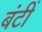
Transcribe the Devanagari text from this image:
बंटीं